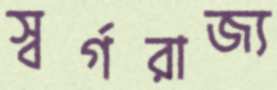
স্বর্গরাজ্য